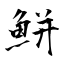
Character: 鮩